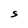
Character: S